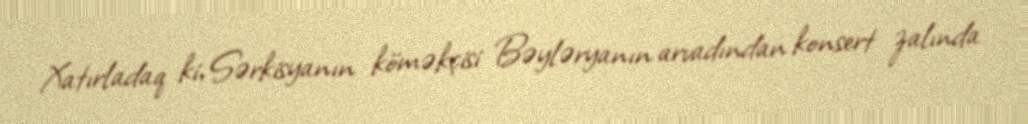
Xatırladaq ki, Sərkisyanın köməkçisi Bəyləryanın arvadından konsert zalında